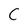
Character: C